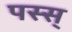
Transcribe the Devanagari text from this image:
पस्स्